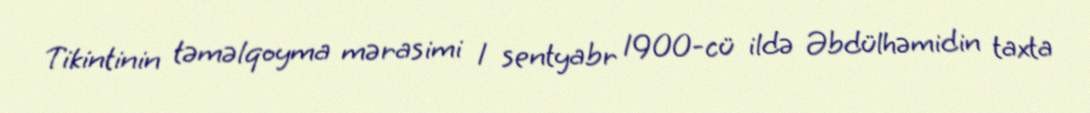
Tikintinin təməlqoyma mərasimi 1 sentyabr 1900-cü ildə Əbdülhəmidin taxta